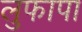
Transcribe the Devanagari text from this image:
लुफापा